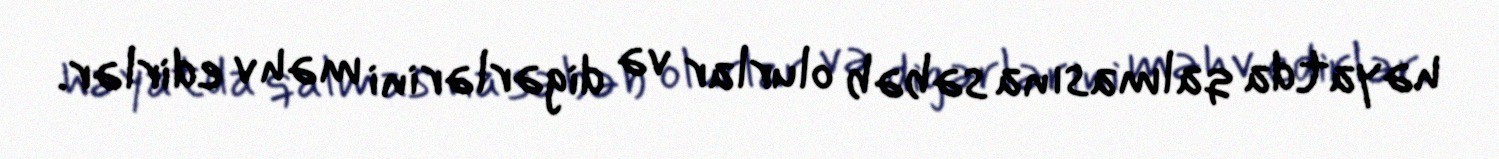
həyatda qalmasına səbəb olurlar və digərlərini məhv edirlər.